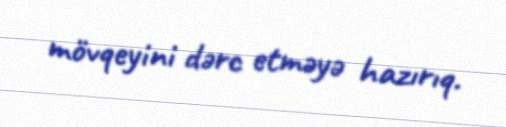
mövqeyini dərc etməyə hazırıq.